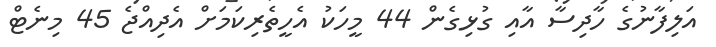
އަލިފާނުގެ ހާދިސާ އާއި ގުޅިގެން 44 މީހަކު އެހީތެރިކަމަށް އެދިއްޖެ 45 މިނެޓް